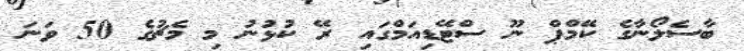
ބާސެލޯނާގެ ކޭމްޕް ނޫ ސްޓޭޑިއަމްގައި ރޭ ކުޅުނު މި މެޗުގެ 50 ވަނަ